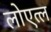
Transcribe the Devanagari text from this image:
लोएत्ल